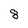
Character: 8